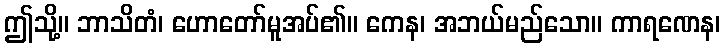
ဤသို့။ ဘာသိတံ၊ ဟောတော်မူအပ်၏။ ကေန၊ အဘယ်မည်သော။ ကာရဏေန၊